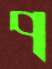
প